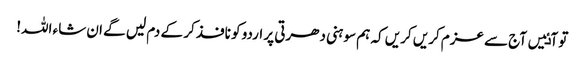
تو آٸیں آج سے عزم کریں کریں کہ ہم سوہنی دھرتی پر اردو کو نافذ کر کے دم لیں گے ان شاء اللہ!